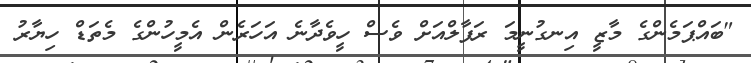
"ބައްޕަމެންގެ މާޒީ އިނގުނީމަ ރަފާލްއަށް ވެސް ހީވެދާނެ އަހަރެން އެމީހުންގެ މެތަޑް ހިޔާރު